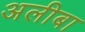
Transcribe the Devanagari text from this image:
अलीबा